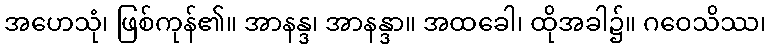
အဟေသုံ၊ ဖြစ်ကုန်၏။ အာနန္ဒ၊ အာနန္ဒာ။ အထခေါ၊ ထိုအခါ၌။ ဂဝေသိဿ၊